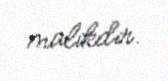
malikdir.